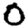
Digit: 0